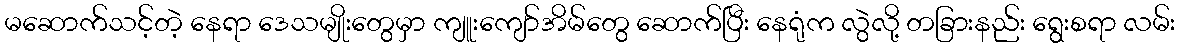
မဆောက်သင့်တဲ့ နေရာ ဒေသမျိုးတွေမှာ ကျူးကျော်အိမ်တွေ ဆောက်ပြီး နေရုံက လွဲလို့ တခြားနည်း ရွေးစရာ လမ်း